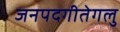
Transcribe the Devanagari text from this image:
जनपदगीतेगलु